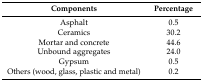
| Components | Percentage |
 | --- | --- |
 | Asphalt | 0.5 |
 | Ceramics | 30.2 |
 | Mortar and concrete | 44.6 |
 | Unbound aggregates | 24.0 |
 | Gypsum | 0.5 |
 | Others (wood, glass, plastic and metal) | 0.2 |